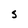
Character: S